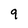
Character: 9